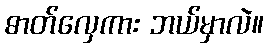
ဓာတ်လှေကား ဘယ်မှာလဲ။